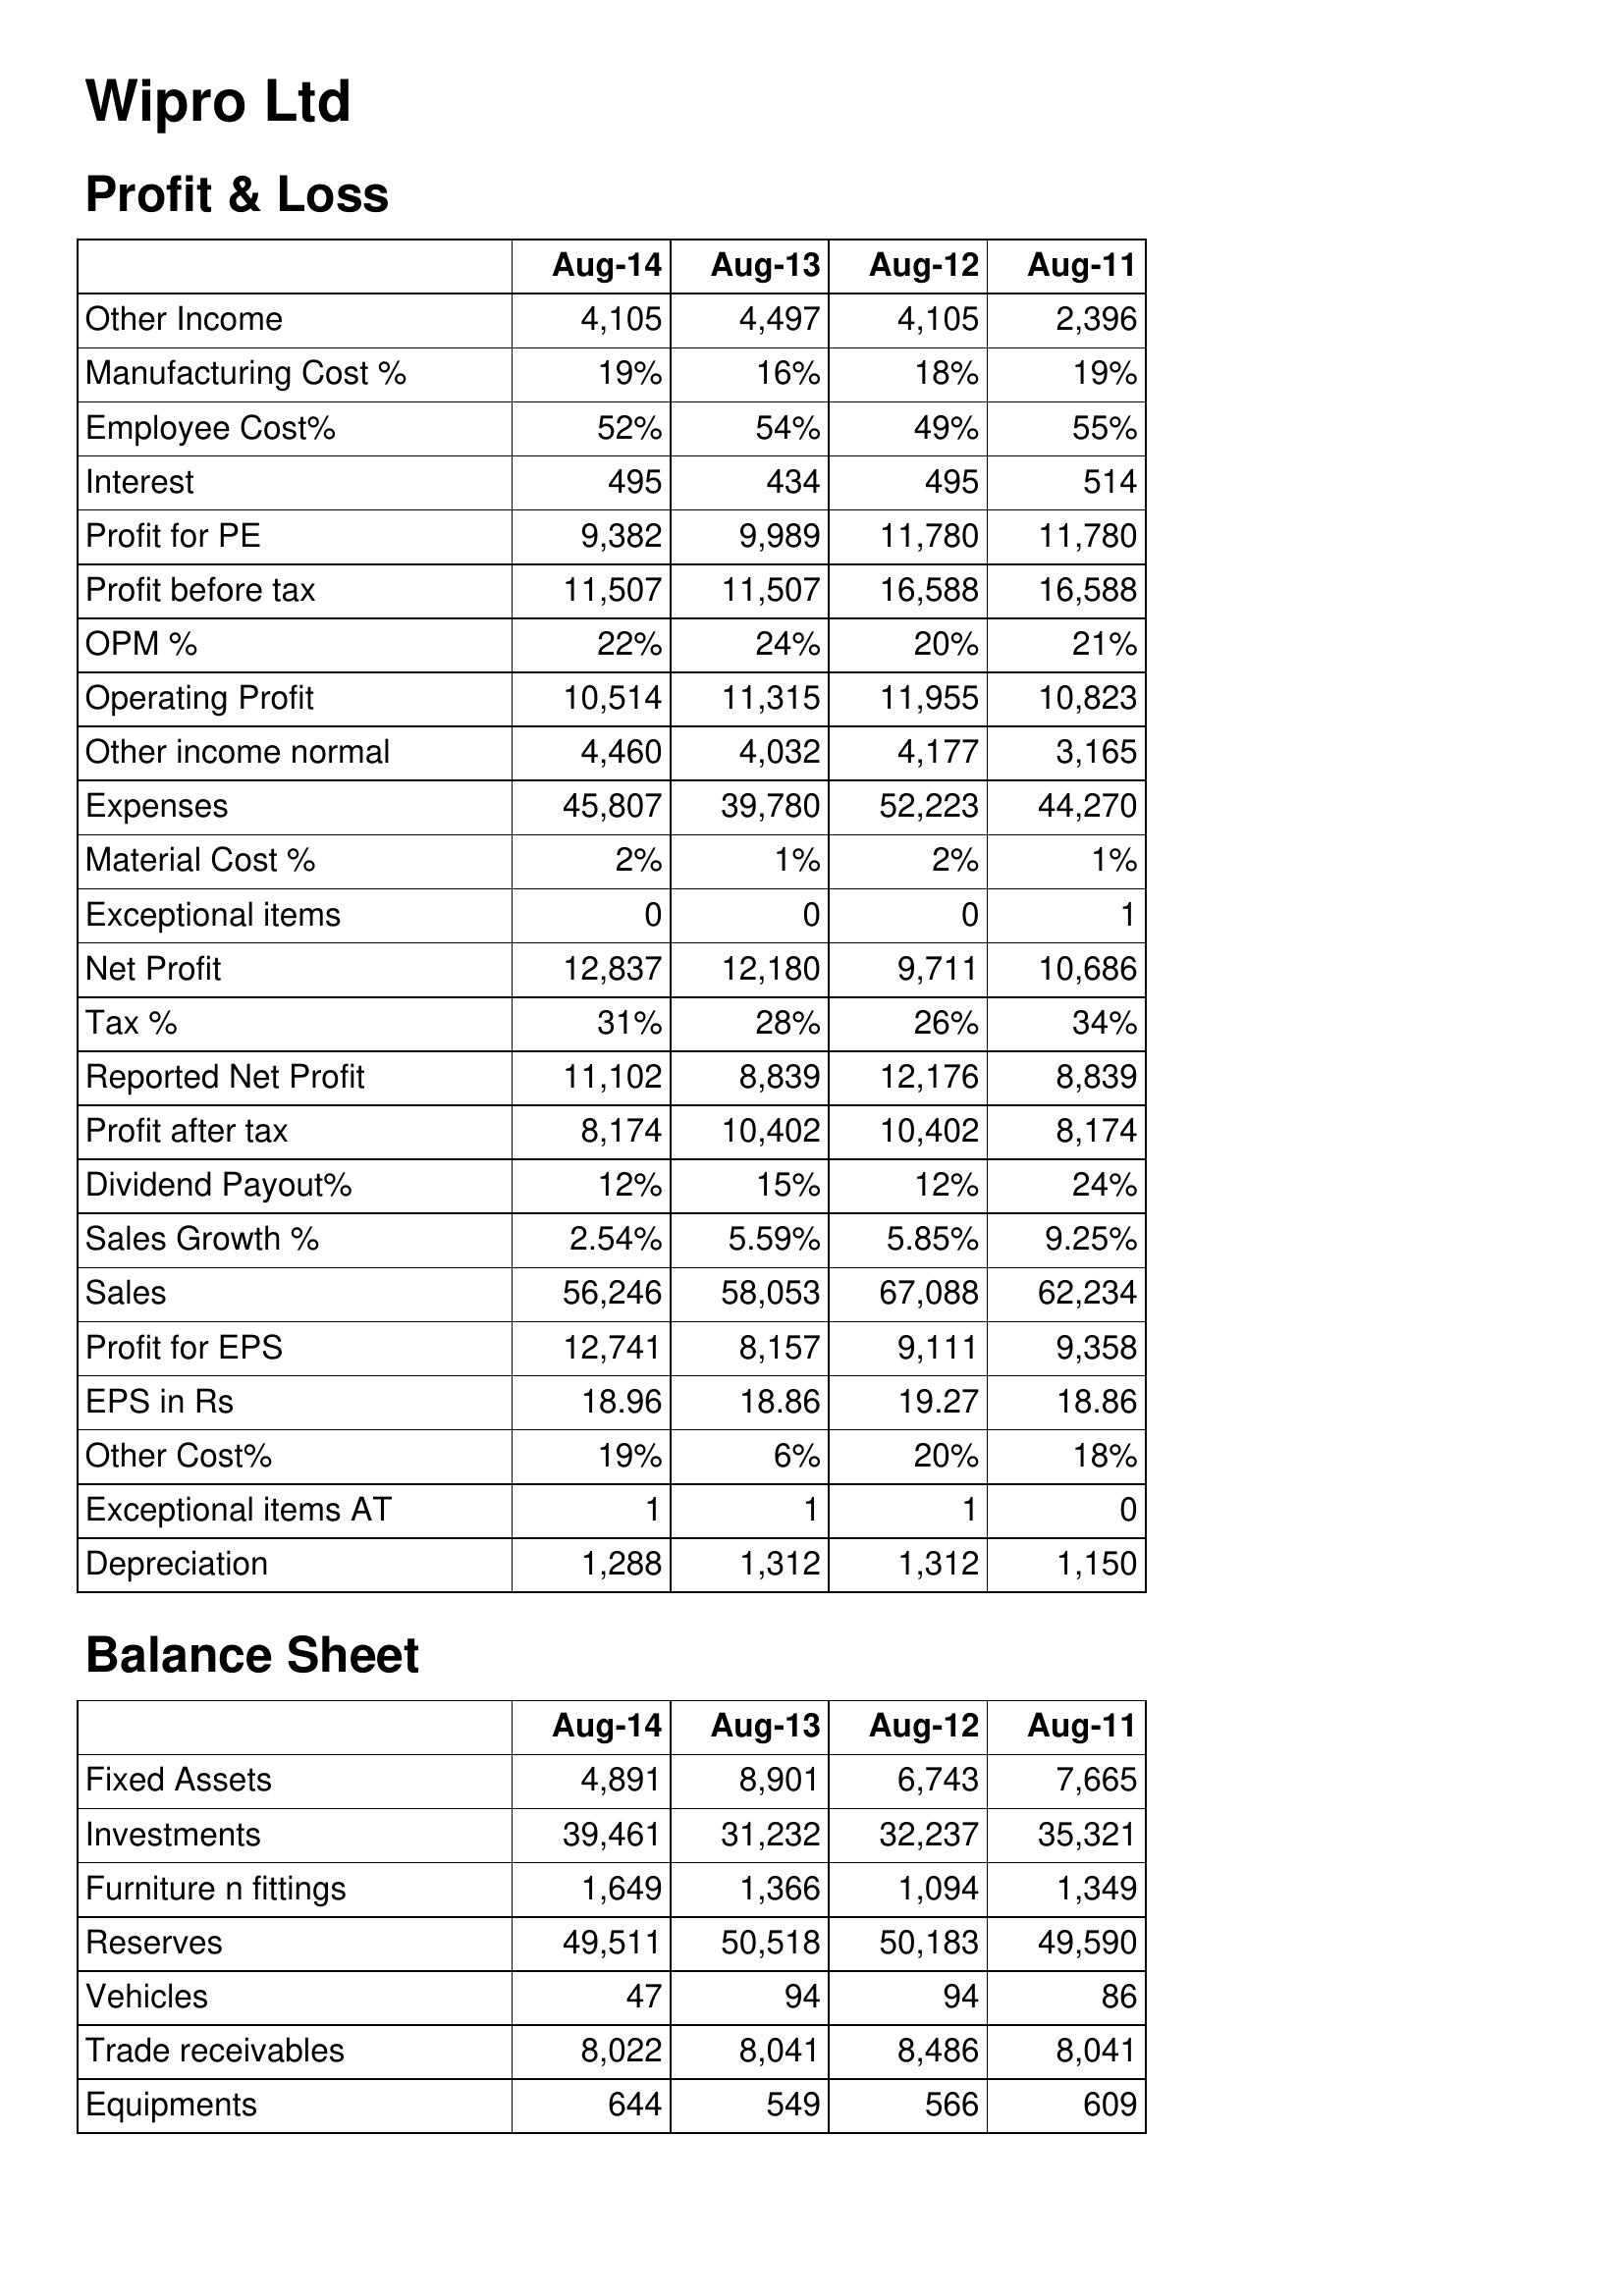
Aug-14: Profit & Loss: Other Income: 4,105
Manufacturing Cost %: 19%
Employee Cost%: 52%
Interest: 495
Profit for PE: 9,382
Profit before tax: 11,507
OPM %: 22%
Operating Profit: 10,514
Other income normal: 4,460
Expenses: 45,807
Material Cost %: 2%
Exceptional items: 0
Net Profit: 12,837
Tax %: 31%
Reported Net Profit: 11,102
Profit after tax: 8,174
Dividend Payout%: 12%
Sales Growth %: 2.54%
Sales: 56,246
Profit for EPS: 12,741
EPS in Rs: 18.96
Other Cost%: 19%
Exceptional items AT: 1
Depreciation: 1,288
Balance Sheet: Fixed Assets: 4,891
Investments: 39,461
Furniture n fittings: 1,649
Reserves: 49,511
Vehicles: 47
Trade receivables: 8,022
Equipments: 644
Aug-13: Profit & Loss: Other Income: 4,497
Manufacturing Cost %: 16%
Employee Cost%: 54%
Interest: 434
Profit for PE: 9,989
Profit before tax: 11,507
OPM %: 24%
Operating Profit: 11,315
Other income normal: 4,032
Expenses: 39,780
Material Cost %: 1%
Exceptional items: 0
Net Profit: 12,180
Tax %: 28%
Reported Net Profit: 8,839
Profit after tax: 10,402
Dividend Payout%: 15%
Sales Growth %: 5.59%
Sales: 58,053
Profit for EPS: 8,157
EPS in Rs: 18.86
Other Cost%: 6%
Exceptional items AT: 1
Depreciation: 1,312
Balance Sheet: Fixed Assets: 8,901
Investments: 31,232
Furniture n fittings: 1,366
Reserves: 50,518
Vehicles: 94
Trade receivables: 8,041
Equipments: 549
Aug-12: Profit & Loss: Other Income: 4,105
Manufacturing Cost %: 18%
Employee Cost%: 49%
Interest: 495
Profit for PE: 11,780
Profit before tax: 16,588
OPM %: 20%
Operating Profit: 11,955
Other income normal: 4,177
Expenses: 52,223
Material Cost %: 2%
Exceptional items: 0
Net Profit: 9,711
Tax %: 26%
Reported Net Profit: 12,176
Profit after tax: 10,402
Dividend Payout%: 12%
Sales Growth %: 5.85%
Sales: 67,088
Profit for EPS: 9,111
EPS in Rs: 19.27
Other Cost%: 20%
Exceptional items AT: 1
Depreciation: 1,312
Balance Sheet: Fixed Assets: 6,743
Investments: 32,237
Furniture n fittings: 1,094
Reserves: 50,183
Vehicles: 94
Trade receivables: 8,486
Equipments: 566
Aug-11: Profit & Loss: Other Income: 2,396
Manufacturing Cost %: 19%
Employee Cost%: 55%
Interest: 514
Profit for PE: 11,780
Profit before tax: 16,588
OPM %: 21%
Operating Profit: 10,823
Other income normal: 3,165
Expenses: 44,270
Material Cost %: 1%
Exceptional items: 1
Net Profit: 10,686
Tax %: 34%
Reported Net Profit: 8,839
Profit after tax: 8,174
Dividend Payout%: 24%
Sales Growth %: 9.25%
Sales: 62,234
Profit for EPS: 9,358
EPS in Rs: 18.86
Other Cost%: 18%
Exceptional items AT: 0
Depreciation: 1,150
Balance Sheet: Fixed Assets: 7,665
Investments: 35,321
Furniture n fittings: 1,349
Reserves: 49,590
Vehicles: 86
Trade receivables: 8,041
Equipments: 609